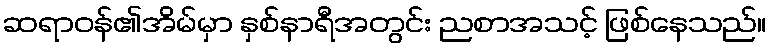
ဆရာဝန်၏အိမ်မှာ နှစ်နာရီအတွင်း ညစာအသင့် ဖြစ်နေသည်။